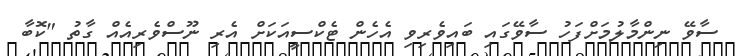
ސާވޭ ނިންމާލުމަށްފަހު ސާވޭގައި ބައިވެރިވި އެހެން ޓެކްސީއަކަށް އެރި ނޫސްވެރިއެއް ގާތު "ކޮބާ